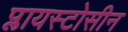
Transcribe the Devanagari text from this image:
प्लायस्टोसीन